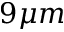
9 \mu m